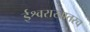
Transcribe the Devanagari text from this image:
ईश्वराखातरच